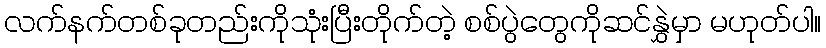
လက်နက်တစ်ခုတည်းကိုသုံးပြီးတိုက်တဲ့ စစ်ပွဲတွေကိုဆင်နွှဲမှာ မဟုတ်ပါ။